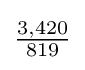
{\tfrac {3,420}{819}}